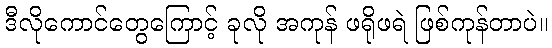
ဒီလိုကောင်တွေကြောင့် ခုလို အကုန် ဖရိုဖရဲ ဖြစ်ကုန်တာပဲ။